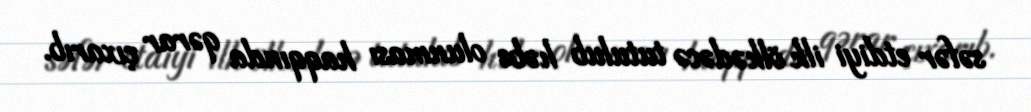
səfər etdiyi ilk ölkədəcə tutulub həbs olunması haqqında qərar çıxarıb.